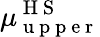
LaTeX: \mu_{\mathrm{~u~p~p~e~r~}}^{\mathrm{~H~S~}}